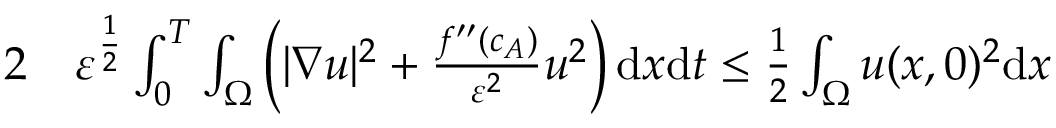
\begin{array} { r l } { { 2 } } & { { } \ensuremath { \varepsilon } ^ { \frac { 1 } { 2 } } \int _ { 0 } ^ { T } \int _ { \Omega } \left( | \nabla u | ^ { 2 } + \frac { f ^ { \prime \prime } ( c _ { A } ) } { \ensuremath { \varepsilon } ^ { 2 } } u ^ { 2 } \right) \mathrm { d } x \mathrm { d } t \leq \frac { 1 } { 2 } \int _ { \Omega } u ( x , 0 ) ^ { 2 } \mathrm { d } x } \end{array}